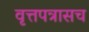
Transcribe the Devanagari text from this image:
वृत्तपत्रासच